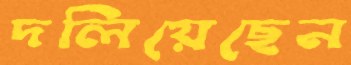
দলিয়েছেন